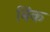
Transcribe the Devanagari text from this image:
बिंक